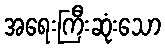
အရေးကြီးဆုံးသော